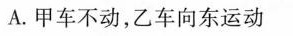
A.甲车不动，乙车向东运动